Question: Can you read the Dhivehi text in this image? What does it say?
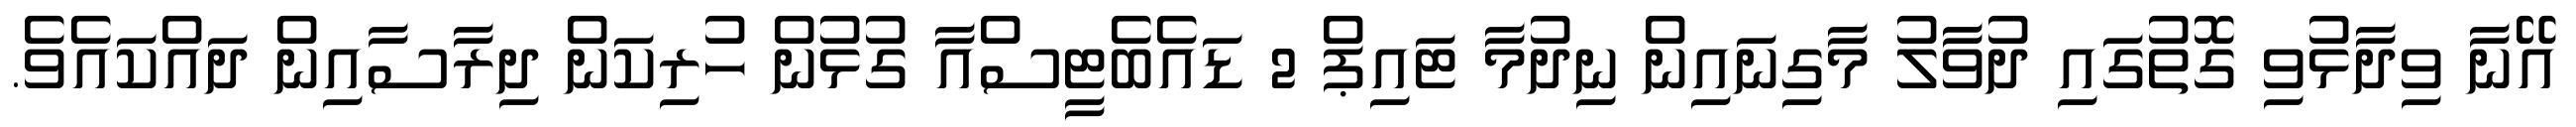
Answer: އޭނާ ވިދާޅުވި ގޮތުގައި ދުވާލު މާގިނައިން ނިދުމާ ޓައިޕް 2 ޑައެބެޓީސްއާ ގުޅުން ހުރިކަން ދިރާސާއިން ދައްކައެވެ.